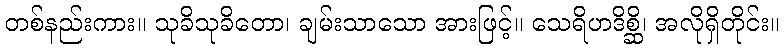
တစ်နည်းကား။ သုခိသုခိတော၊ ချမ်းသာသော အားဖြင့်။ သေရိဟဒိစ္ဆိ၊ အလိုရှိတိုင်း။